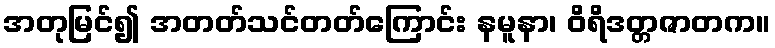
အတုမြင်၍ အတတ်သင်တတ်ကြောင်း နမူနာ၊ ဝိရိဒတ္တဇာတက။